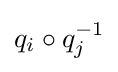
q_{i}\circ q_{j}^{-1}